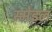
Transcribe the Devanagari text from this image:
स्मेइल